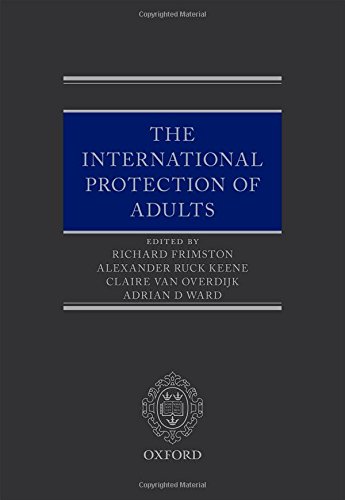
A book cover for The International Protection of Adults; Law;